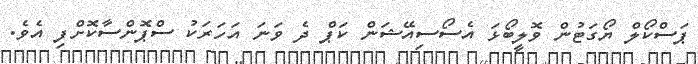
ޕަސްކޯލް ޔޯގަޓުން ވޮލީބޯޅަ އެސޯސިއޭޝަން ކަޕް ދެ ވަނަ އަހަރަކު ސްޕޮންސާކޮށްފި އެވެ.